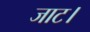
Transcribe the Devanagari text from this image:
जाट।